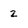
Character: 2